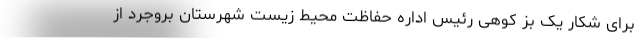
برای شکار یک بز کوهی رئیس اداره حفاظت محیط زیست شهرستان بروجرد از